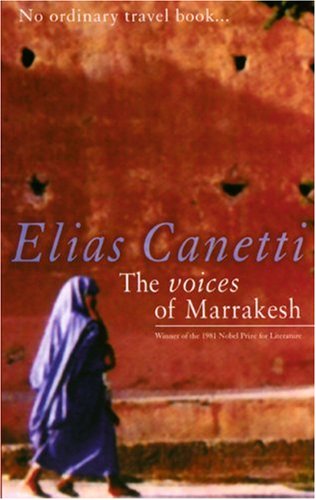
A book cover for The Voices of Marrakesh: A Record of a Visit; Elias Canetti; Travel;